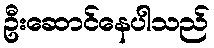
ဦးဆောင်နေပါသည်